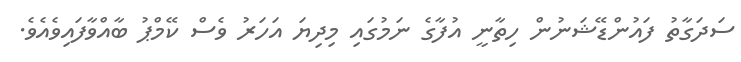
ސަދަގާތު ފައުންޑޭޝަނުން ހިތާނީ އުފާގެ ނަމުގައި މިދިޔަ އަހަރު ވެސް ކޭމްޕު ބާއްވާފައިވެއެވެ.